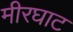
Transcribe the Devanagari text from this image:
मीरघाट